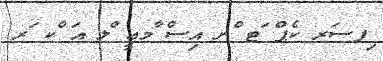
ިފސަރ ކެޕް ަޓ ްނ އިސް ާމޢީ ްލ އަ ްކ ަރ